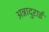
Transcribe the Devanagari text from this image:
अन्नादुराई